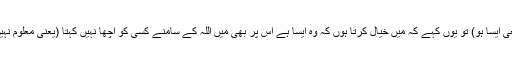
پھر فرمایا کہ اگر تم میں سے کوئی اپنے بھائی کی تعریف کرنا ضروری سمجھے (اگر وہ واقعی ایسا ہو) تو یوں کہے کہ میں خیال کرتا ہوں کہ وہ ایسا ہے اس پر بھی میں اللہ کے سامنے کسی کو اچھا نہیں کہتا (یعنی معلوم نہیں کہ وہ اللہ کے نزدیک کیا ہے کیونکہ یہ علم اللہ کے سوا کسی کو نہیں یا جس کو اللہ بتائے )۔